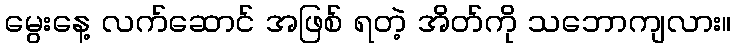
မွေးနေ့ လက်ဆောင် အဖြစ် ရတဲ့ အိတ်ကို သဘောကျလား။